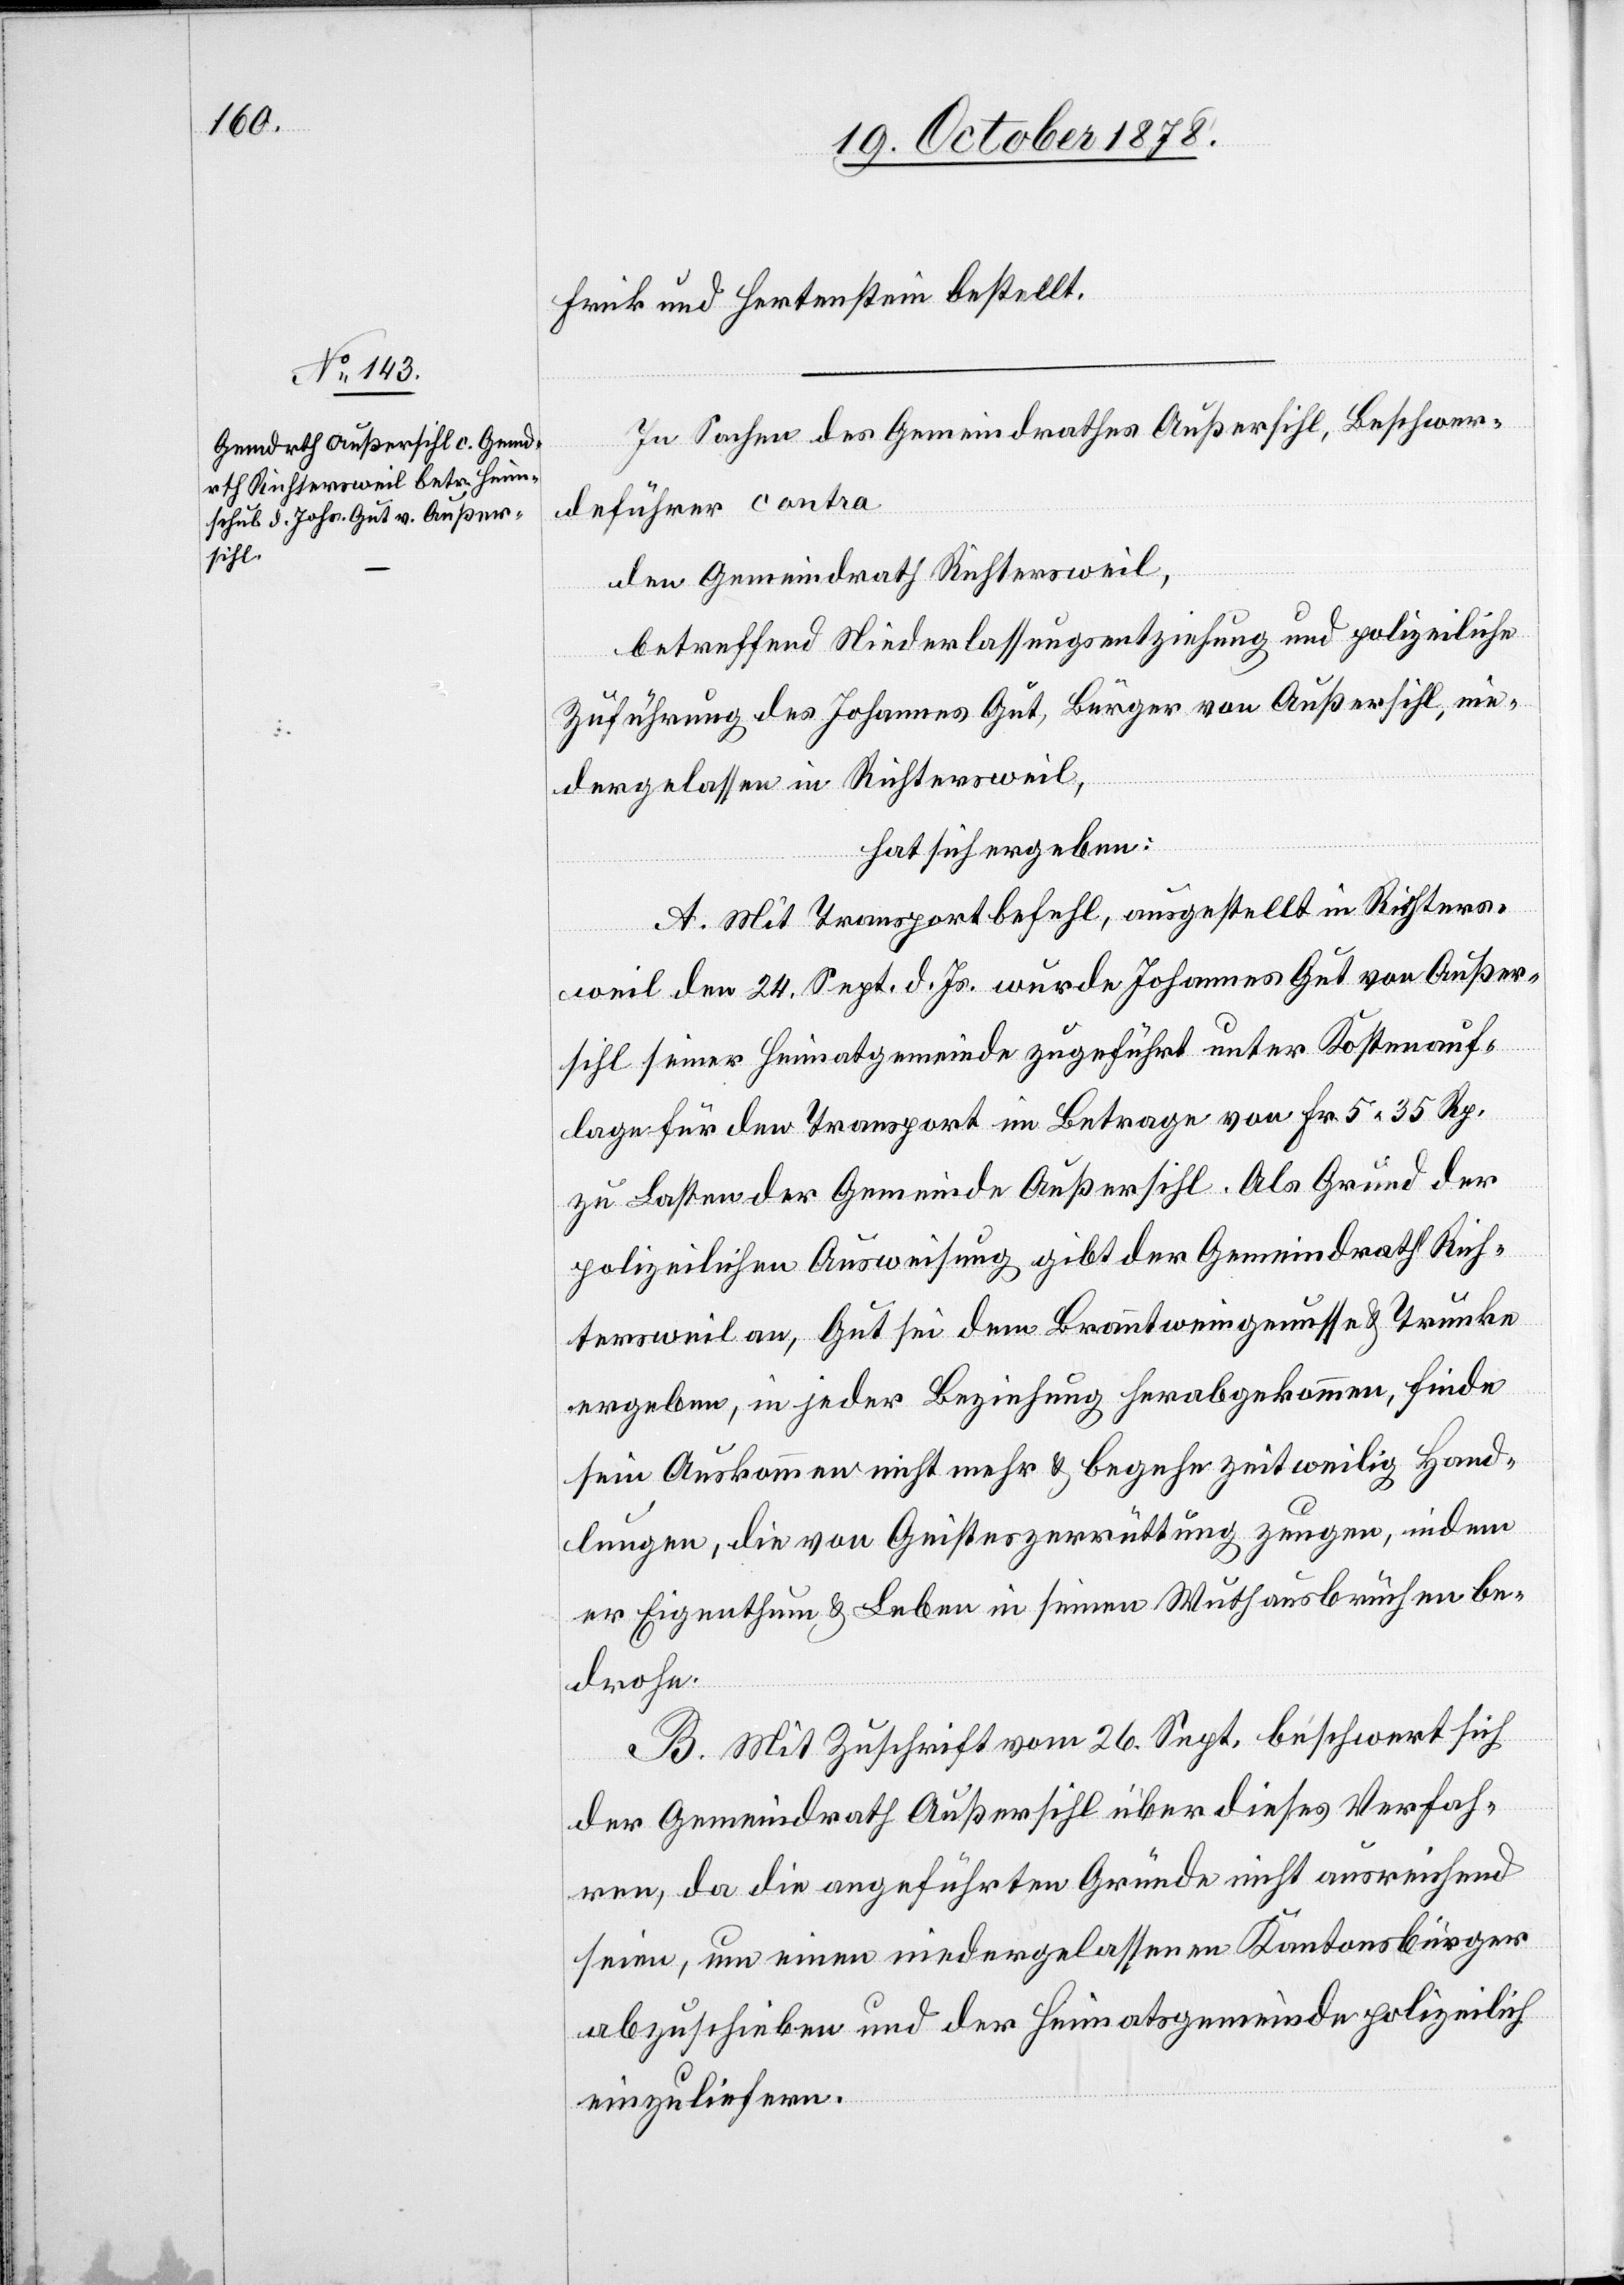
Frick und Hertenstein bestellt.
In Sachen des Gemeindrathes Außersihl, Beschwer¬
deführer contra
den Gemeindrath Richtersweil,
betreffend Niederlassungsentziehung und polizeiliche
Zuführung des Johannes Gut, Bürger von Außersihl, nie¬
dergelassen in Richtersweil,
hat sich ergeben:
A. Mit Transportbefehl, ausgestellt in Richters¬
weil den 24. Sept. d. Js. wurde Johannes Gut von Außer¬
sihl seiner Heimatgemeinde zugeführt unter Kostenauf¬
lage für den Transport im Betrage von Fr. 5.35 Rp.
zu Lasten der Gemeinde Außersihl. Als Grund der
polizeilichen Ausweisung gibt der Gemeindrath Rich¬
tersweil an, Gut sei dem Branntweingenusse & Trunke
ergeben, in jeder Beziehung herabgekommen, finde
sein Auskommen nicht mehr & begehe zeitweilig Hand¬
lungen, die von Geisteszerrüttung zeugen, indem
er Eigenthum & Leben in seinen Wuthausbrüchen be¬
drohe.
B. Mit Zuschrift vom 26. Sept. beschwert sich
der Gemeindrath Außersihl über dieses Verfah¬
ren, da die angeführten Gründe nicht ausreichend
seien, um einen niedergelassenen Kantonsbürger
abzuschieben und der Heimatsgemeinde polizeilich
einzuliefern.